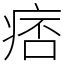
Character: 痞